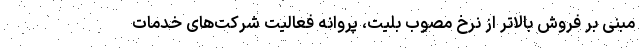
مبنی بر فروش بالاتر از نرخ مصوب بلیت، پروانه فعالیت شرکت‌های خدمات